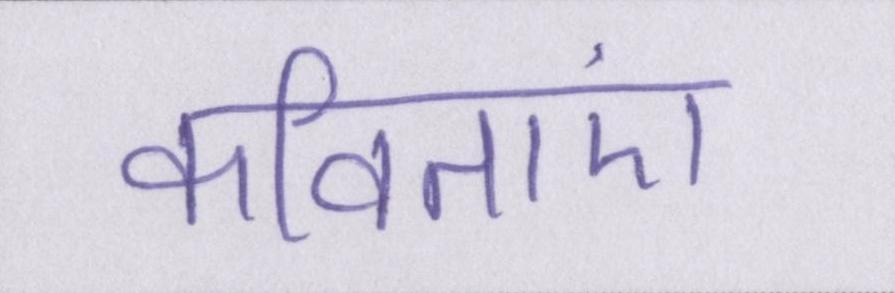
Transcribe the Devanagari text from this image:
कविताएं